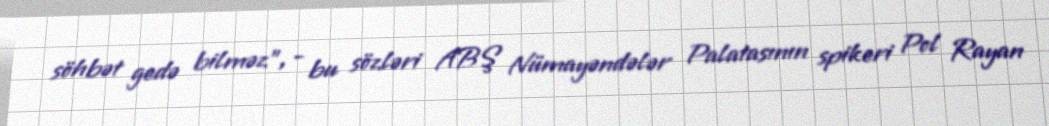
söhbət gedə bilməz”, - bu sözləri ABŞ Nümayəndələr Palatasının spikeri Pol Rayan